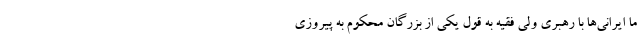
ما ایرانی‌ها با رهبری ولی فقیه به قول یکی از بزرگان محکوم به پیروزی